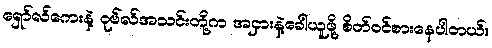
ရှော်လ်ကေးနဲ့ ဝုဗ်လ်အသင်းတို့က အငှားနဲ့ခေါ်ယူဖို့ စိတ်ဝင်စားနေပါတယ်။